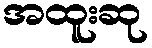
အထူးဆု